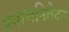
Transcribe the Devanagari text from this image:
प्रयाणनिवेदन